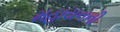
મહાયનની